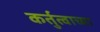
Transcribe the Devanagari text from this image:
कर्तुत्वाच्या